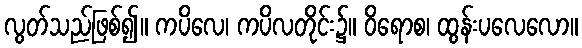
လွတ်သည်ဖြစ်၍။ ကပိလေ၊ ကပိလတိုင်း၌။ ဝိရောစ၊ ထွန်းပလေလော။